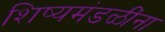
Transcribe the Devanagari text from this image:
शिष्यमंडळींना